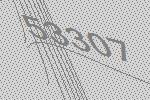
53307